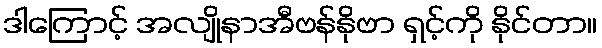
ဒါကြောင့် အလျိုနာအီဗန်နိုဗာ ရှင့်ကို နိုင်တာ။